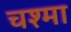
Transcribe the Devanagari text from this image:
चश्‍मा